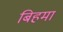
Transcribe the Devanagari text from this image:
बिहमा